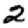
Digit: 2